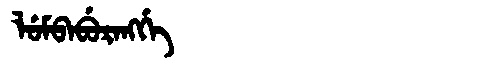
Manchu: ᠯᡠᠮᠪᠠᠪᡠᡵᠠᠩᡤᡝ
Romanization: LUMBABURANGGE